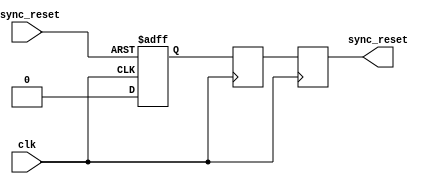
module async_reset_synchronizer (
    input wire async_reset,  // Asynchronous reset signal
    input wire clk,          // Clock signal
    output reg sync_reset    // Synchronized reset signal
);

    // Internal signals for synchronization
    reg reset_ff1;  // First flip-flop stage
    reg reset_ff2;  // Second flip-flop stage

    // Asynchronous reset detection and synchronization logic
    always @(posedge clk or posedge async_reset) begin
        if (async_reset) begin
            reset_ff1 <= 1'b1;  // Assert first flip-flop on async reset
        end else begin
            reset_ff1 <= 1'b0;  // Deassert on clock edge
        end
    end

    always @(posedge clk) begin
        reset_ff2 <= reset_ff1;  // Synchronize the first flip-flop output
    end

    // Assign the synchronized reset signal
    always @(posedge clk) begin
        sync_reset <= reset_ff2;  // Output the synchronized reset
    end

endmodule